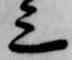
三